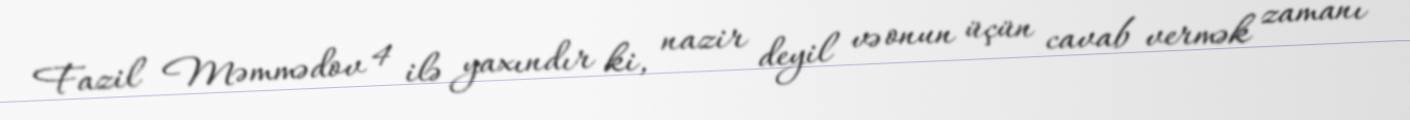
Fazil Məmmədov 4 ilə yaxındır ki, nazir deyil və onun üçün cavab vermək zamanı